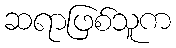
ဆရာဖြစ်သူက